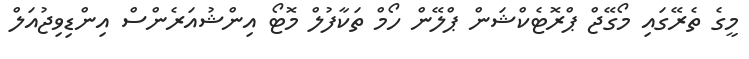
މީގެ ތެރޭގައި މޯގޭޖް ޕްރޮޓެކްޝަން ޕްލޭން ހޯމް ތަކާފުލް މޮޓޯ އިންޝުއަރެންސް އިންޑިވިޖުއަލް